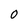
Character: 0